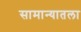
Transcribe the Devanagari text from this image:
सामान्यातला